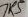
Text: 7K5